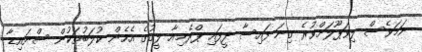
ނަމަވެސް ލިވަޕޫލަށްވުރެ ގިނަ ފައިސާ ދީފައި ޕްރެމިއާ ލީގުގެ އެހެން ކުލަބުތަކުން ސްނައިޑާ